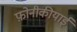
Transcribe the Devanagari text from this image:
फ़ोनीकीयाई